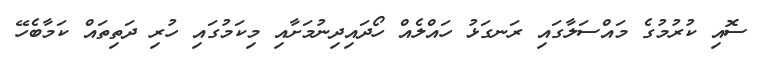
ސޮއި ކުރުމުގެ މައްސަލާގައި ރަނގަޅު ހައްލެއް ހޯދައިދިނުމަށާއި މިކަމުގައި ހުރި ދަތިތައް ކަމާބެހޭ